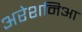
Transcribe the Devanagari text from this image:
अरेशनिआ